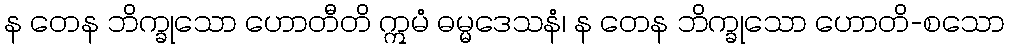
န တေန ဘိက္ခုသော ဟောတီတိ ဣမံ ဓမ္မဒေသနံ၊ န တေန ဘိက္ခုသော ဟောတိ-စသော